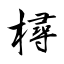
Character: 樳